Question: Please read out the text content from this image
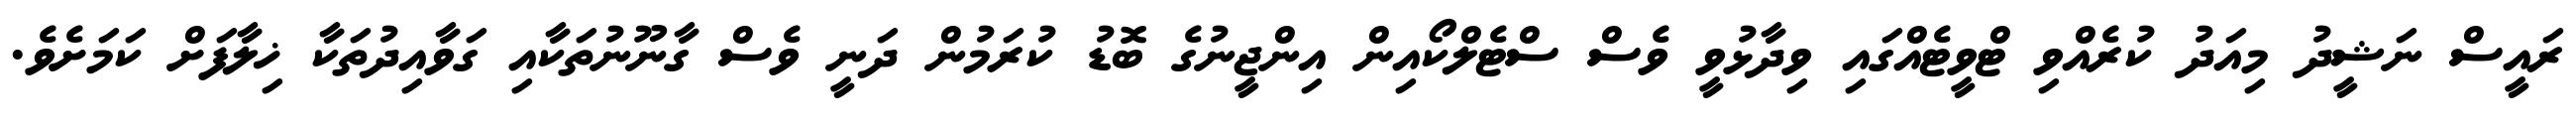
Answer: ރައީސް ނަޝީދު މިއަދު ކުރެއްވި ޓްވީޓެއްގައި ވިދާޅުވީ ވެސް ސްޓެލްކޯއިން އިންޖީނުގެ ބޮޑު ކުރަމުން ދަނީ ވެސް ގާނޫނުތަކާއި ގަވާއިދުތަކާ ޚިލާފަށް ކަމަށެވެ.